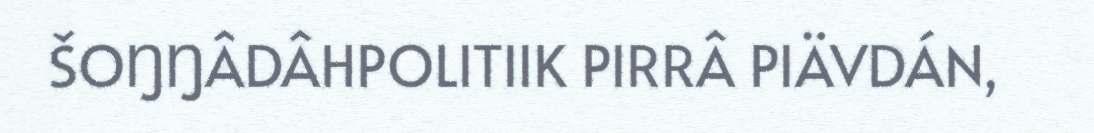
ŠOŊŊÂDÂHPOLITIIK PIRRÂ PIÄVDÁN,